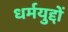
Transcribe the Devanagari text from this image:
धर्मयुद्दों